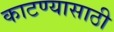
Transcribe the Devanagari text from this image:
काटण्यासाठी